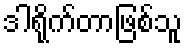
ဒါရိုက်တာဖြစ်သူ